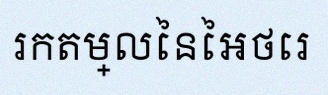
រកតម្លៃនៃអថេរ